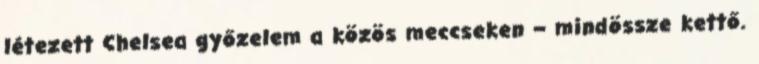
létezett Chelsea győzelem a közös meccseken – mindössze kettő.